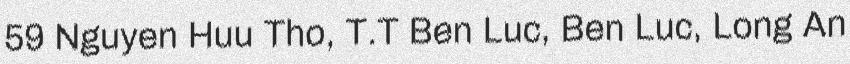
59 Nguyen Huu Tho, T.T Ben Luc, Ben Luc, Long An